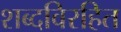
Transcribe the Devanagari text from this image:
शब्दविरहित